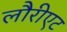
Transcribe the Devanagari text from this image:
लौरीएट